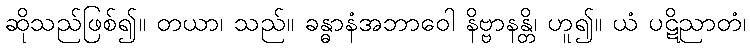
ဆိုသည်ဖြစ်၍။ တယာ၊ သည်။ ခန္ဓာနံအဘာဝေါ နိဗ္ဗာနန္တိ၊ ဟူ၍။ ယံ ပဋိညာတံ၊